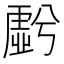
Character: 𮓩